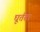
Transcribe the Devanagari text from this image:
घूर्तता